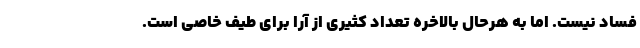
فساد نیست. اما به هرحال بالاخره تعداد کثیری از آرا برای طیف خاصی است.